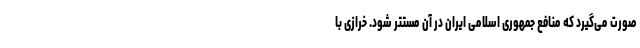
صورت می‌گیرد که منافع جمهوری اسلامی ایران در آن مستتر شود. خرازی با